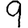
Digit: 9